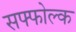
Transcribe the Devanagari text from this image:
सफ्फोल्क